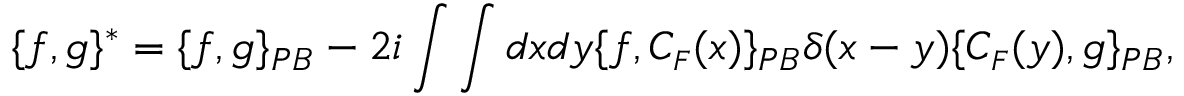
\{ f , g \} ^ { * } = \{ f , g \} _ { P B } - 2 i \int \int d x d y \{ f , C _ { \scriptscriptstyle F } ( x ) \} _ { P B } \delta ( x - y ) \{ C _ { \scriptscriptstyle F } ( y ) , g \} _ { P B } ,